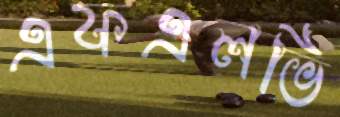
এফএলভি